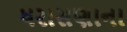
ધરાસણાના